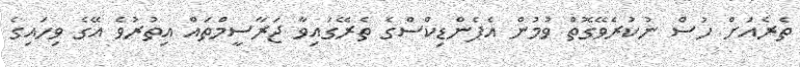
ތެރެއަށް ހުސް ނުކުރެވޭގޮތް ވުމުން އެޕެންޑިކްސްގެ ތެރޭގައިވާ ޖަރާސީމްތައް އިތުރުވެ އޭގެ ވިހައިގެ